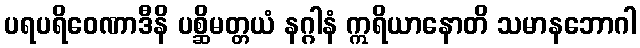
ပရပရိဝေဏာဒီနိ ပစ္ဆိမတ္တယံ နဂ္ဂါနံ ဣရိယာနောတိ သမာနဘောဂါ